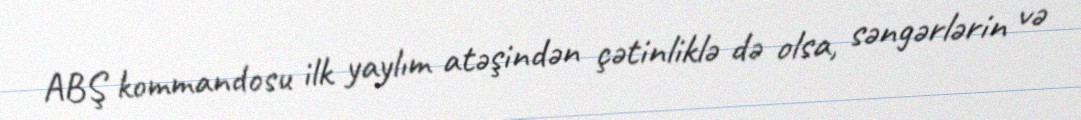
ABŞ kommandosu ilk yaylım atəşindən çətinliklə də olsa, səngərlərin və